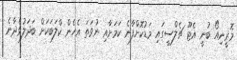
މޮރީނިއޯ ބުނީ އެޓޫ ޗެލްސީގައި މަޑުކޮށްފާނެ ކަމަށާއި ނުވަތަ އެހެން ކްލަބަކަށް ބަދަލުވެދާނެ